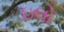
ઇલો